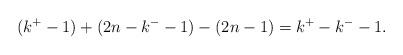
LaTeX: \begin{align*} (k^+- 1) + (2n-k^- - 1) - (2n-1) = k^+ - k^- - 1. \end{align*}